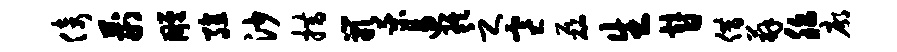
倚荆雕殖沙措岩乘遏琪之寒磊生替借薜胎廓